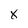
Character: x